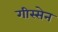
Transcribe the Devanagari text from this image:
गीस्सेन